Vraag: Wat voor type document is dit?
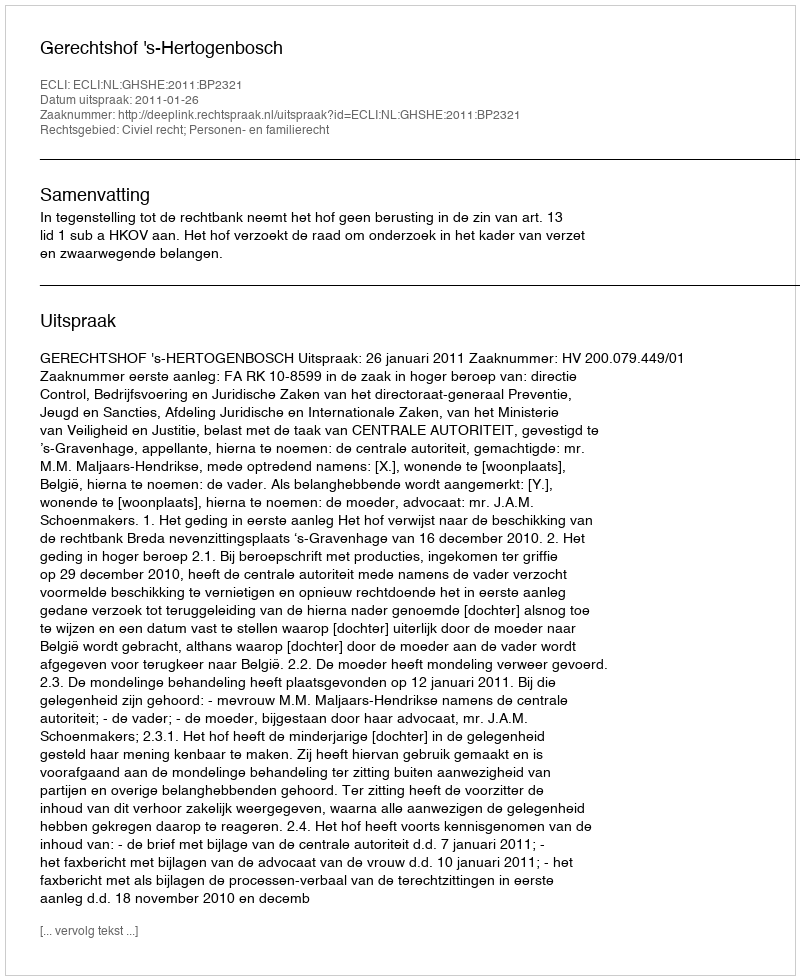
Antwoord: Uitspraak